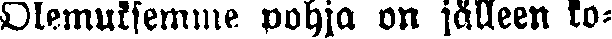
Olemuksemme pohja on jälleen ko-